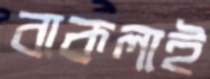
বাকলাই